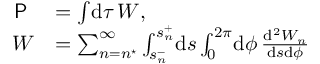
\begin{array} { r l } { \textsf { P } } & { = \int \! \mathrm { d } \tau \, W , } \\ { W } & { = \sum _ { n = n ^ { \star } } ^ { \infty } \int _ { s _ { n } ^ { - } } ^ { s _ { n } ^ { + } } \! \mathrm { d } s \int _ { 0 } ^ { 2 \pi } \! \mathrm { d } \phi \, \frac { \mathrm { d } ^ { 2 } W _ { n } } { \mathrm { d } s \mathrm { d } \phi } } \end{array}